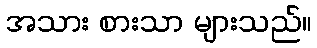
အသား စားသာ များသည်။